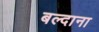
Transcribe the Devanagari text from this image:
बल्दाना